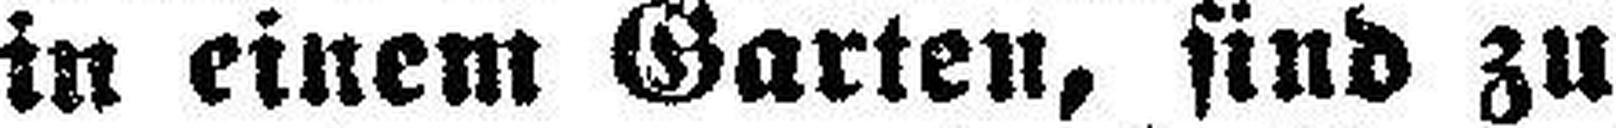
in einem Garten, sind zu